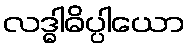
လဒ္ဓါဓိပ္ပါယော